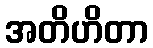
အတိဟိတာ